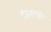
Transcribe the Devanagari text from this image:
जितगढ़ी